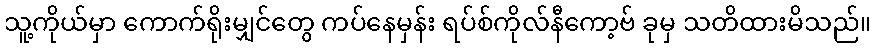
သူ့ကိုယ်မှာ ကောက်ရိုးမျှင်တွေ ကပ်နေမှန်း ရပ်စ်ကိုလ်နီကော့ဗ် ခုမှ သတိထားမိသည်။